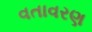
વતાવરણ